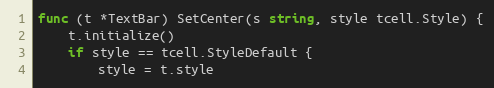
Language: Go
func (t *TextBar) SetCenter(s string, style tcell.Style) {
	t.initialize()
	if style == tcell.StyleDefault {
		style = t.style